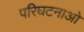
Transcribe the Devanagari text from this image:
परिघटनाओ